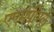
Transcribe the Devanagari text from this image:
एएमपीएल